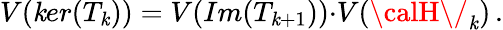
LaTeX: V(\mathit{k}er(T_{\mathit{k}}))=V(Im(T_{\mathit{k}+1})){\cdot}V({\calH\/ }_{\mathit{k}})\, .